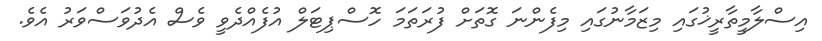
އިސްލާމީތާރީޚުގައި މިޒަމާނުގައި މިފެންނަ ގޮތަށް ފުރަތަމަ ހޮސްޕިޓަލް އުފެއްދެވީ ވެސް އެދުވަސްވަރު އެވެ.